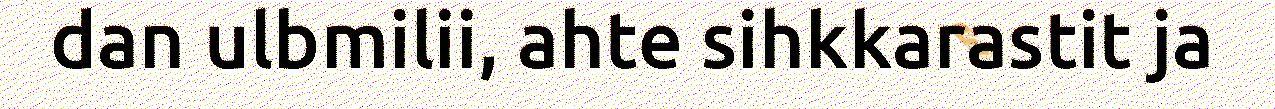
dan ulbmilii, ahte sihkkarastit ja